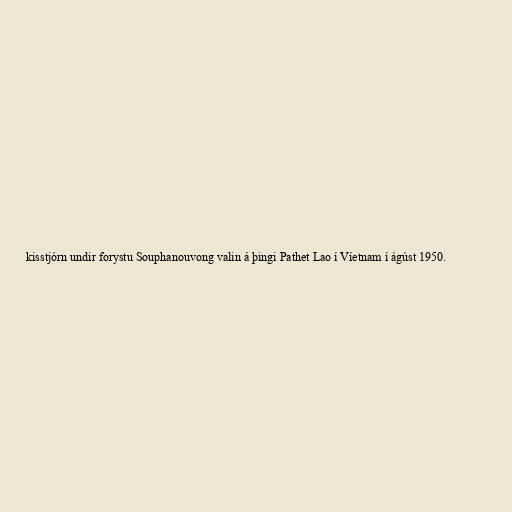
kisstjórn undir forystu Souphanouvong valin á þingi Pathet Lao í Víetnam í ágúst 1950.